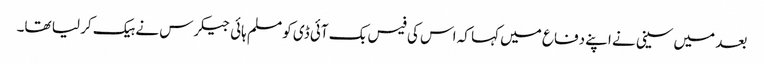
بعد میں سینی نے اپنے دفاع میں کہا کہ اس کی فیس بک آئی ڈی کو مسلم ہائی جیکرس نے ہیک کر لیا تھا۔